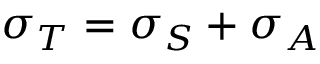
\sigma _ { T } = \sigma _ { S } + \sigma _ { A }